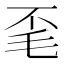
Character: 𭯒